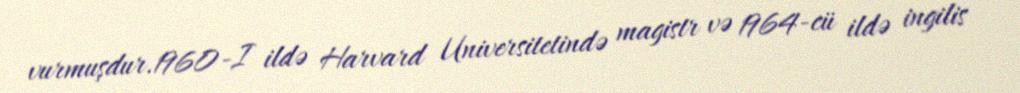
vurmuşdur.1960-I ildə Harvard Universitetində magistr və 1964-cü ildə ingilis